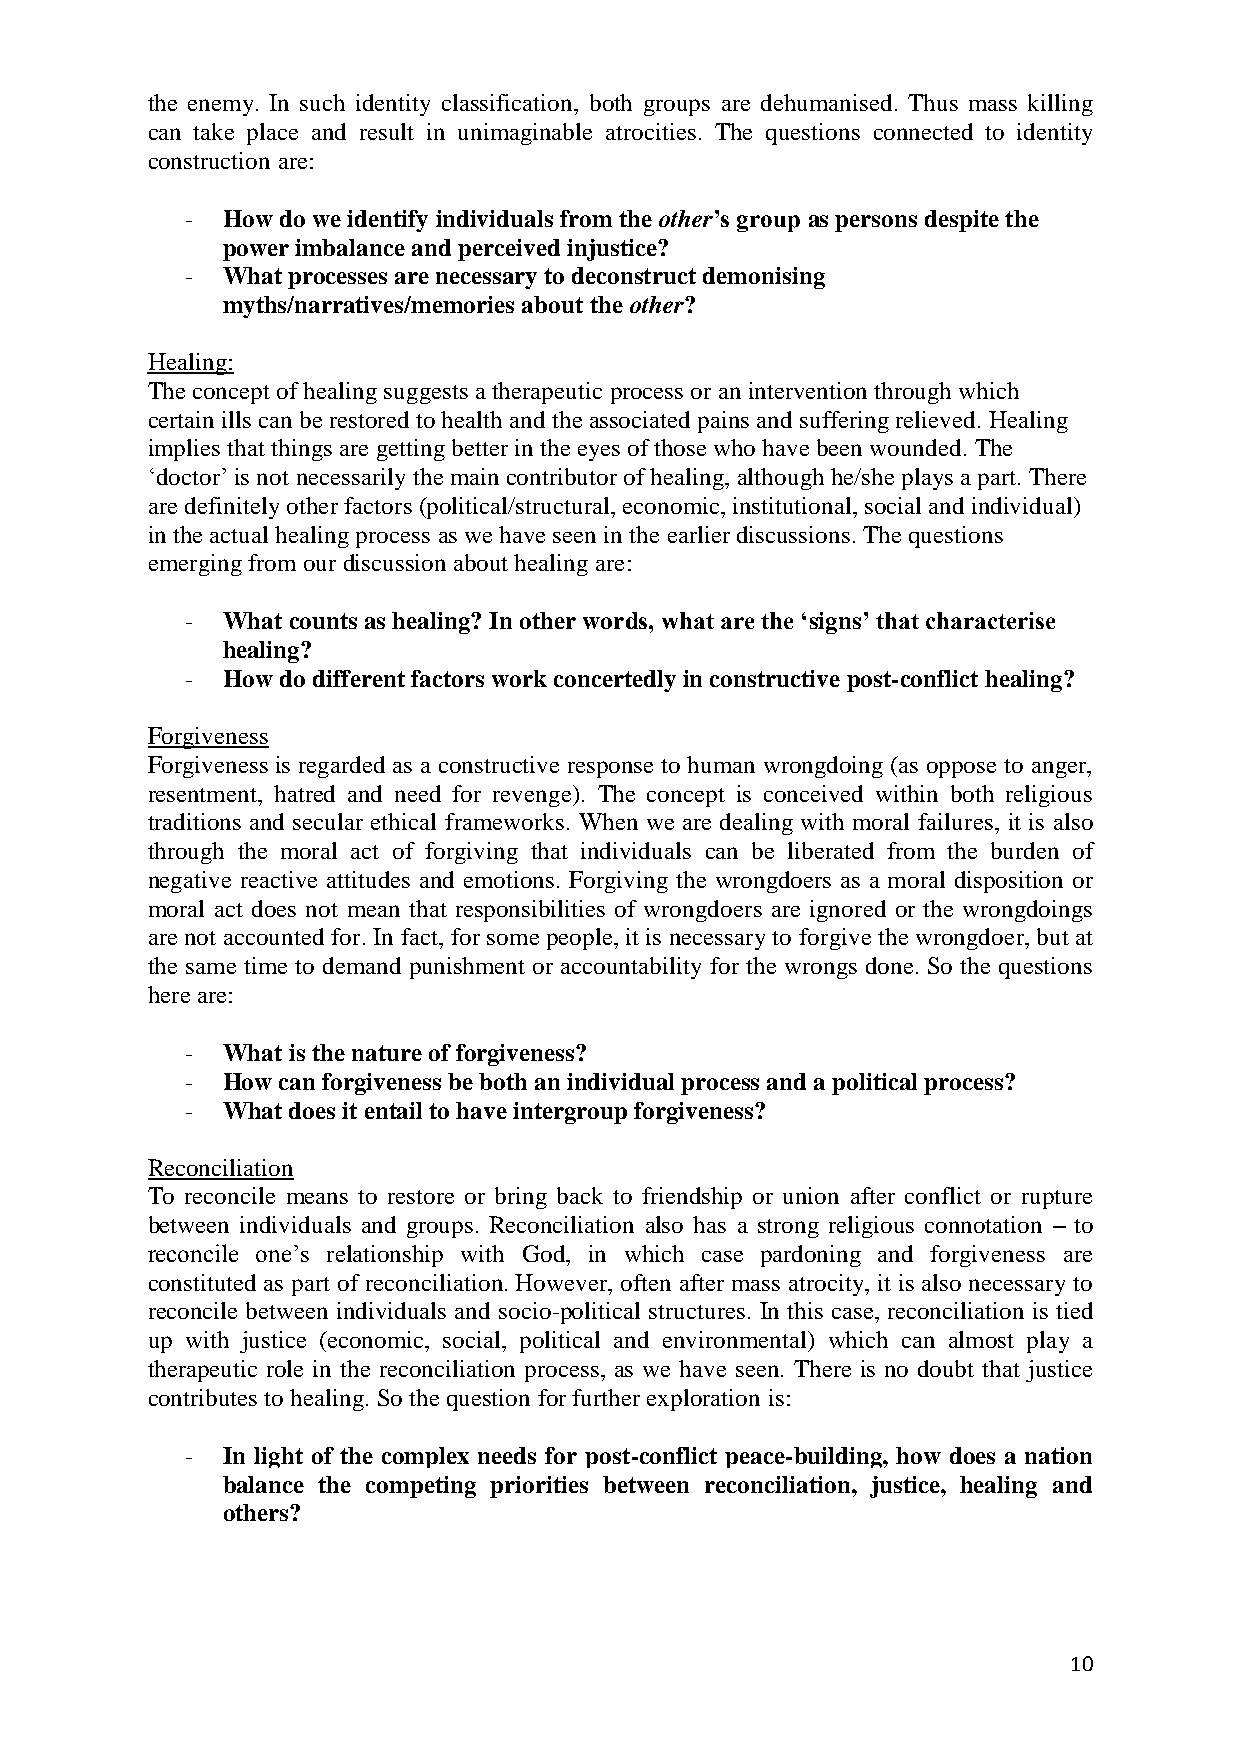
the enemy. In such identity classification, both groups are dehumanised. Thus mass killing
 can take place and result in unimaginable atrocities. The questions connected to identity
 construction are:
 -  How do we identify individuals from the other’s group as persons despite the
 power imbalance and perceived injustice?
 -  What processes are necessary to deconstruct demonising
 myths/narratives/memories about the other?
 Healing:
 The concept of healing suggests a therapeutic process or an intervention through which
 certain ills can be restored to health and the associated pains and suffering relieved. Healing
 implies that things are getting better in the eyes of those who have been wounded. The
 ‘doctor’ is not necessarily the main contributor of healing, although he/she plays a part. There
 are definitely other factors (political/structural, economic, institutional, social and individual)
 in the actual healing process as we have seen in the earlier discussions. The questions
 emerging from our discussion about healing are:
 -  What counts as healing? In other words, what are the ‘signs’ that characterise
 healing?
 -  How do different factors work concertedly in constructive post-conflict healing?
 Forgiveness
 Forgiveness is regarded as a constructive response to human wrongdoing (as oppose to anger,
 resentment, hatred and need for revenge). The concept is conceived within both religious
 traditions and secular ethical frameworks. When we are dealing with moral failures, it is also
 through the moral act of forgiving that individuals can be liberated from the burden of
 negative reactive attitudes and emotions. Forgiving the wrongdoers as a moral disposition or
 moral act does not mean that responsibilities of wrongdoers are ignored or the wrongdoings
 are not accounted for. In fact, for some people, it is necessary to forgive the wrongdoer, but at
 the same time to demand punishment or accountability for the wrongs done. So the questions
 here are:
 -  What is the nature of forgiveness?
 -  How can forgiveness be both an individual process and a political process?
 -  What does it entail to have intergroup forgiveness?
 Reconciliation
 To reconcile means to restore or bring back to friendship or union after conflict or rupture
 between individuals and groups. Reconciliation also has a strong religious connotation – to
 reconcile one’s relationship with God, in which case pardoning and forgiveness are
 constituted as part of reconciliation. However, often after mass atrocity, it is also necessary to
 reconcile between individuals and socio-political structures. In this case, reconciliation is tied
 up with justice (economic, social, political and environmental) which can almost play a
 therapeutic role in the reconciliation process, as we have seen. There is no doubt that justice
 contributes to healing. So the question for further exploration is:
 -  In light of the complex needs for post-conflict peace-building, how does a nation
 balance the competing priorities between reconciliation, justice, healing and
 others?
 10